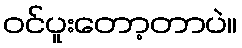
ဝင်ပူးတော့တာပဲ။